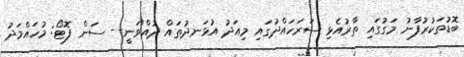
ބޮޑުތަކުރުފާނު މަގުގައި ތާރުއެޅި ސަރަހައްދުގައި މިއަދު އުޅަނދުތައް ދުއްވަނީ-- ސަން ފޮޓޯ: މުހައްމަދު